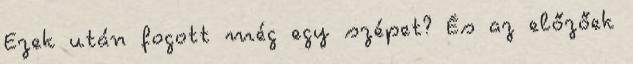
Ezek után fogott még egy szépet? És az előzőek